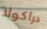
دراكولا